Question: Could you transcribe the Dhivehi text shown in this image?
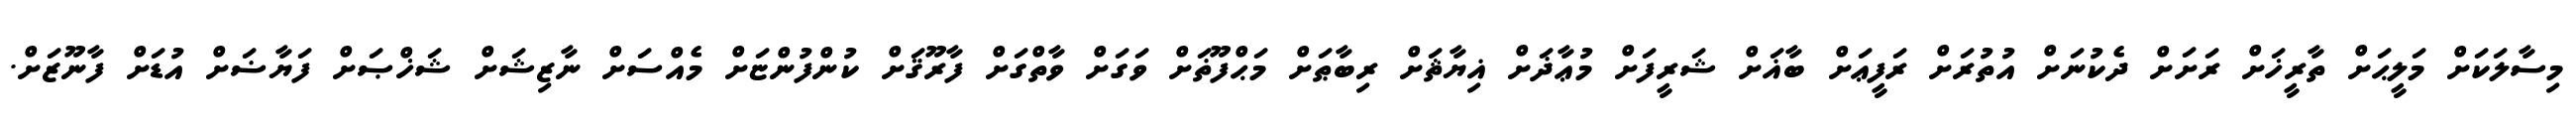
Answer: މިސާލަކަށް މަލީޙަށް ތާރީޚަށް ރަށަށް ދެކުނަށް އުތުރަށް ރަފީޢަށް ބާޣަށް ޝަރީފަށް މުޢާޛަށް ޣިޔާޘަށް ރިބާޠަށް މަޙްފޫޡަށް ވަގަށް ވާތްގަށް ފާރޫޤަށް ކުންފުންޏަށް މެއްސަށް ނާޒިޝަށް ޝަޚްޞަށް ފަޔާޟަށް އުޑަށް ފާނޫޒަށް.